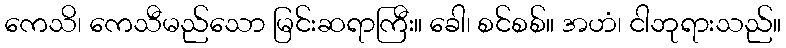
ကေသိ၊ ကေသီမည်သော မြင်းဆရာကြီး။ ခေါ၊ စင်စစ်။ အဟံ၊ ငါဘုရားသည်။